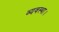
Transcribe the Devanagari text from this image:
व्‍यवस्‍था।